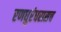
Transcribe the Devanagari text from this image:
रणधुरंधरासच